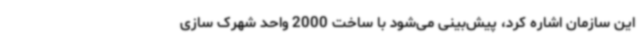
این سازمان اشاره کرد، پیش‌بینی می‌شود با ساخت 2000 واحد شهرک سازی